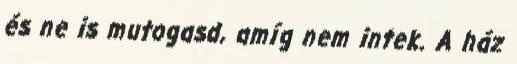
és ne is mutogasd, amíg nem intek. A ház